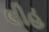
લીહ